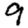
Digit: 9